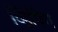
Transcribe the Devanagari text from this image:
व्हिपिंग